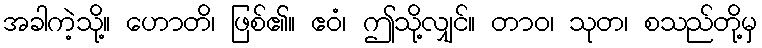
အခါကဲ့သို့။ ဟောတိ၊ ဖြစ်၏။ ဧဝံ၊ ဤသို့လျှင်။ တာဝ၊ သုတ၊ စသည်တို့မှ